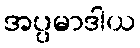
အပ္ပမာဒါယ